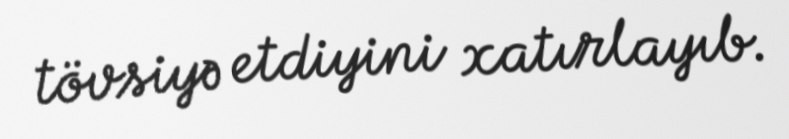
tövsiyə etdiyini xatırlayıb.